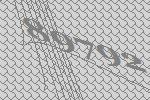
89792